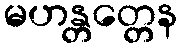
မဟန္တတ္တေန